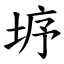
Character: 垿